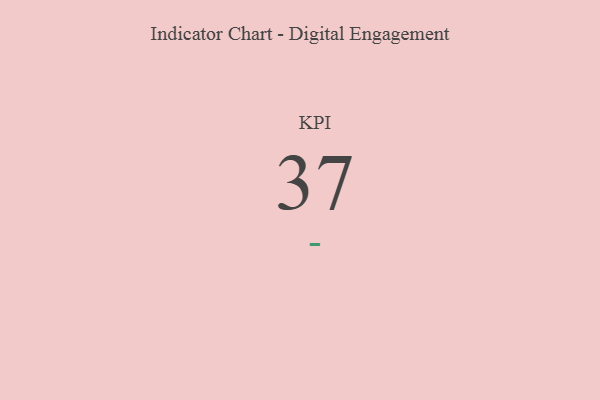
{"axis": {"x": "KPI", "y": "Value"}, "legend": [""], "data": [{"x": "KPI", "y": 37, "type": ""}]}